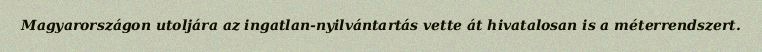
Magyarországon utoljára az ingatlan-nyilvántartás vette át hivatalosan is a méterrendszert.